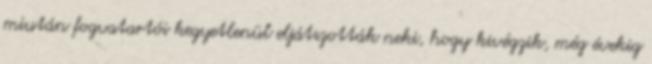
miután fogvatartói kegyetlenül eljátszották neki, hogy kivégzik, még évekig